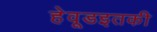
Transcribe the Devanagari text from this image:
हेवूडइतकी